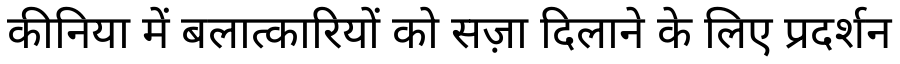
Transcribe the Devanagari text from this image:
कीनिया में बलात्कारियों को सज़ा दिलाने के लिए प्रदर्शन